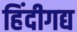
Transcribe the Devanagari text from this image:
हिंदीगद्य